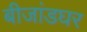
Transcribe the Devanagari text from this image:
बीजांडघर